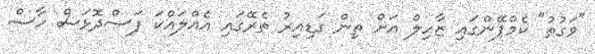
"ވަގުތު" ކެމްޕޭންގައި ޒާހިލް އަށް ތިން ގަޑިއިރު ތެރޭގައި އެއްލައްކަ ފަސްދޮޅަސް ހާސް